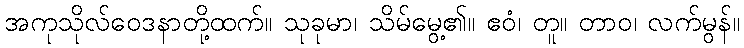
အကုသိုလ်ဝေဒနာတို့ထက်။ သုခုမာ၊ သိမ်မွေ့၏။ ဧဝံ၊ တူ။ တာဝ၊ လက်မွန်။